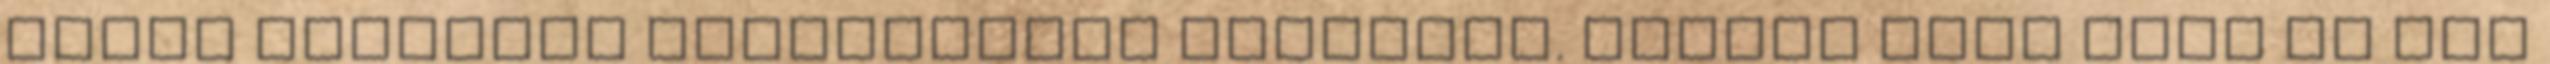
élete egyetlen szerelmével Ilenával. Kicsit több lesz az egy